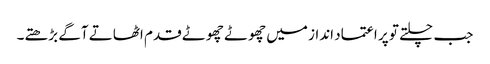
جب چلتے تو پر اعتماد انداز میں چھوٹے چھوٹے قدم اٹھاتے آگے بڑھتے۔